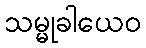
သမ္မုခါယေဝ